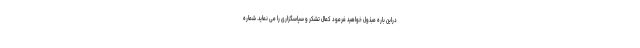
دراین باره مبذول خواهید فرمود کمال تشکر و سپاسگزاری را می نماید. شماره